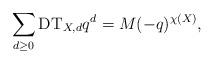
LaTeX: \begin{align*}\sum_{d \geq 0}\mathrm{DT}_{X, d}q^d=M(-q)^{\chi(X)},\end{align*}